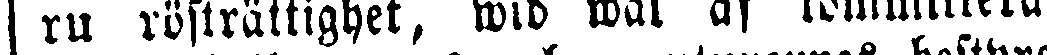
ru rösträttighet, wid wal af kommitterade